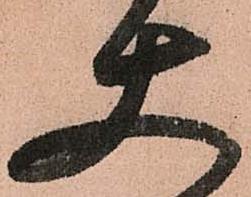
使